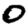
Digit: 0